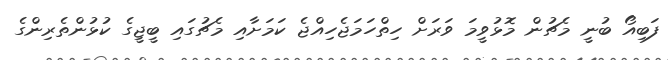
ފަބިއޯ ބުނީ މެޗުން މޮޅުވީމަ ވަރަށް ހިތްހަމަޖެހިއްޖެ ކަމަށާއި މެޗުގައި ބީޖީގެ ކުޅުންތެރިންގެ